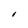
Character: l